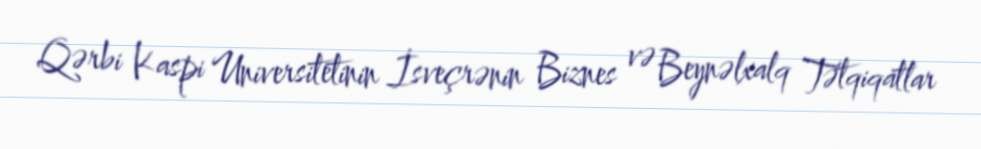
Qərbi Kaspi Universitetinin İsveçrənin Biznes və Beynəlxalq Tətqiqatlar